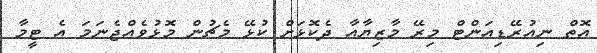
އޮތް ނިއުރޭޑިއަންޓް މިރޭ މާޒިޔާއާ ދެކޮޅަށް ކުޅޭ މެޗުން މޮޅުވެއްޖެނަމަ އެ ޓީމާ